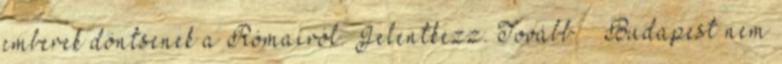
emberek döntsenek a Rómairól. Jelentkezz. Tovább › ›Budapest nem